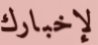
لإخبارك